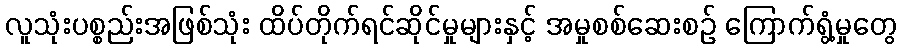
လူသုံးပစ္စည်းအဖြစ်သုံး ထိပ်တိုက်ရင်ဆိုင်မှုများနှင့် အမှုစစ်ဆေးစဉ် ကြောက်ရွံ့မှုတွေ